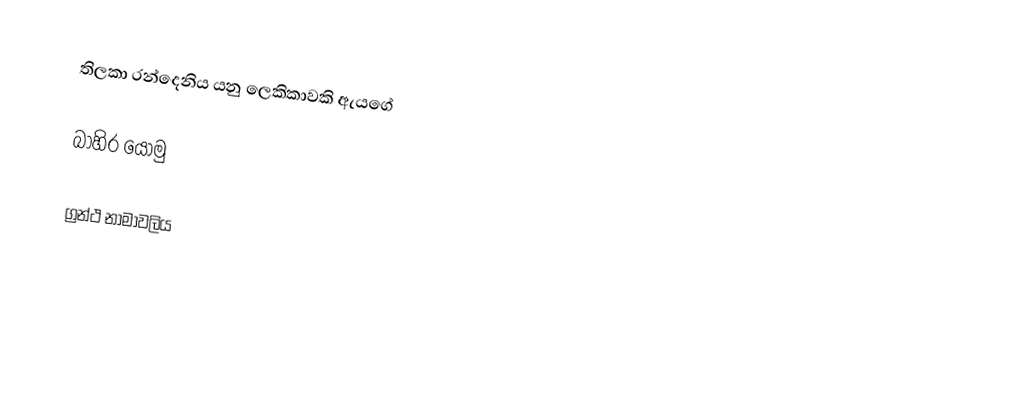
තිලකා රන්දෙනිය  යනු ලෙකිකාවකි ඇයගේ

බාහිර යොමු

ග්‍රන්ථ නාමාවලිය